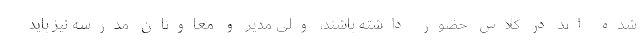
شده اند در کلاس حضور داشته باشند، ولی مدیر و معاونان مدرسه نیز باید